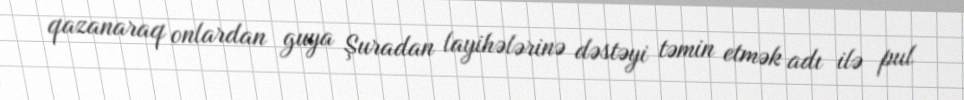
qazanaraq onlardan guya Şuradan layihələrinə dəstəyi təmin etmək adı ilə pul